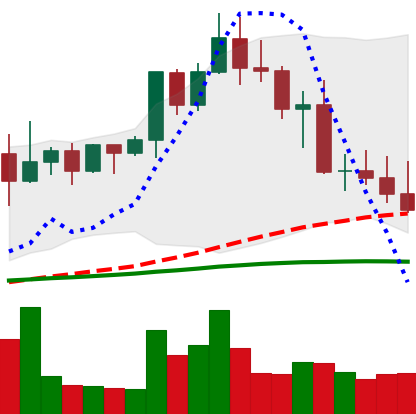
Ticker: XMR-USD
Chart end date: 2022-04-30
Forward return: -3.746%
Label: down_3_5